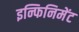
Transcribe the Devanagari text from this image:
इन्फिनिमेंट